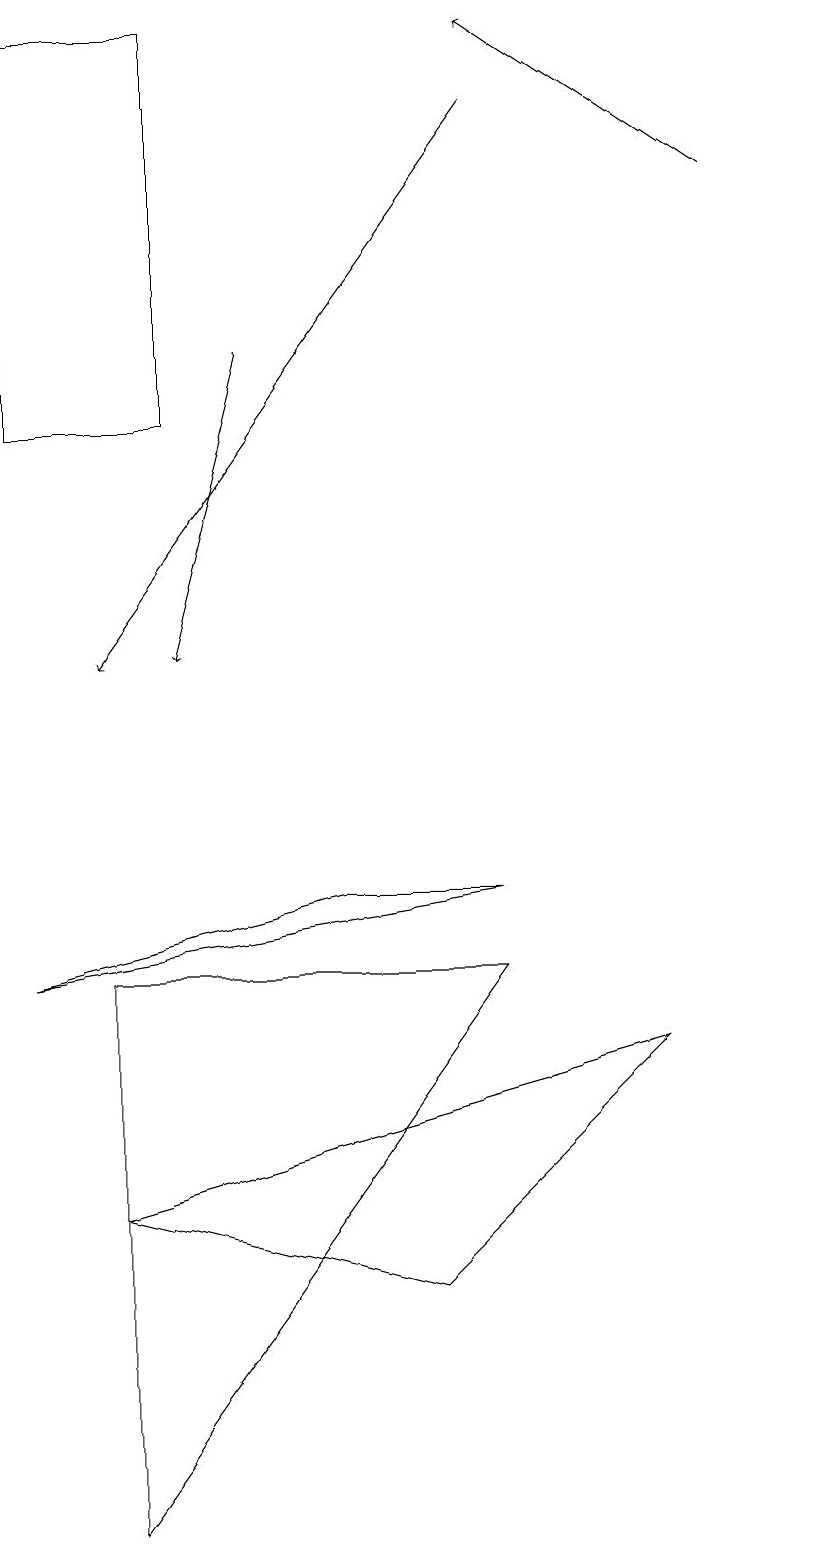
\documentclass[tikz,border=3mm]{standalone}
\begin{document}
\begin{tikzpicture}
\draw (4,8) -- (0,7) -- (6,8) -- cycle;
\draw[->] (9,17) -- (6,19);
\draw[->] (3,15) -- (2,11);
\draw (10,10) circle (0);
\draw (5,3) -- (1,4) -- (8,6) -- cycle;
\draw (1,7) -- (6,7) -- (1,0) -- cycle;
\draw (0,19) rectangle (2,14);
\draw[->] (6,18) -- (1,11);
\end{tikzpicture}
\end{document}